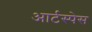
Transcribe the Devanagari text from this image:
आर्टस्पेस